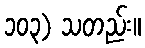
၁၀၃) သတည်း။